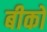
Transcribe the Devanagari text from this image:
बीको